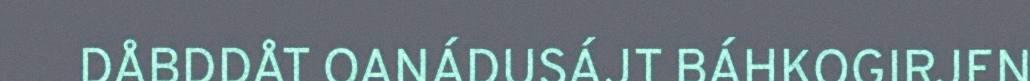
DÅBDDÅT OANÁDUSÁJT BÁHKOGIRJEN